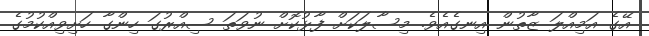
އޭގެ އަމިއްލަ ޒާތުން އިނގެއެވެ. މިސާލަކަށް ފާޅުކޮށް ނުވަތަ ސިއްރުގަ ހިންގާ ހަށިވިއްކުމުގެ